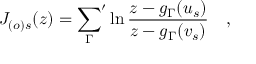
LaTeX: J _ { ( o ) s } ( z ) = { \sum _ { \Gamma } } ^ { \prime } \ln \frac { z - g _ { \Gamma } ( u _ { s } ) } { z - g _ { \Gamma } ( v _ { s } ) } \quad ,